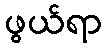
ဖွယ်ရာ